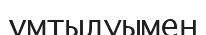
ұмтылуымен